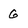
Character: g